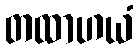
တထာဟယံ